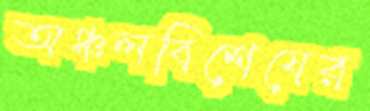
অঞ্চলবিশেষের